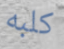
كلبه